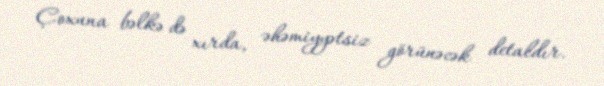
Çoxuna bəlkə də xırda, əhəmiyyətsiz görünəcək detaldır.